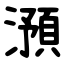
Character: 澦